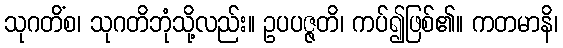
သုဂတိံစ၊ သုဂတိဘုံသို့လည်း။ ဥပပဇ္ဇတိ၊ ကပ်၍ဖြစ်၏။ ကတမာနိ၊